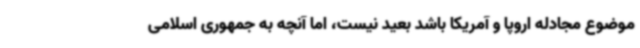
موضوع مجادله اروپا و آمریکا باشد بعید نیست، اما آنچه به جمهوری اسلامی